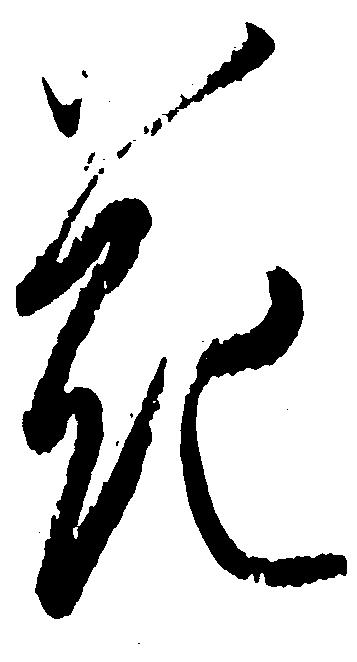
花